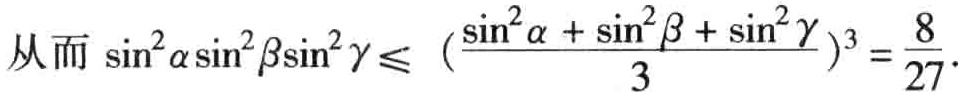
从而 \(\sin^{2}\alpha\sin^{2}\beta\sin^{2}\gamma\leqslant (\frac{\sin^{2}\alpha + \sin^{2}\beta + \sin^{2}\gamma}{3})^{3}=\frac{8}{27}\).